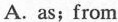
A. as；from